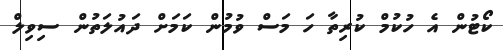
ކޯޓުން އެ ހުކުމް ކުރިތާ ހަ މަސް ވުމުން ކަމަށް ދައުލަތުން ސިވިލް